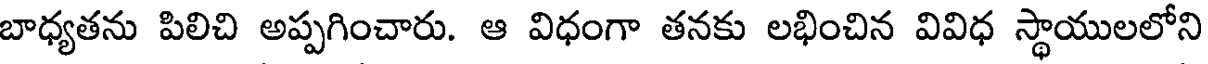
బాధ్యతను పిలిచి అప్పగించారు. ఆ విధంగా తనకు లభించిన వివిధ స్థాయులలోని